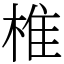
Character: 椎